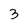
Character: 3